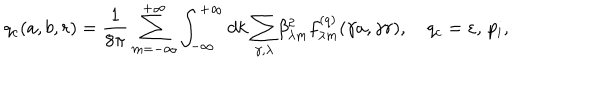
LaTeX: q _ { c } ( a , b , r ) = \frac { 1 } { 8 \pi } \sum _ { m = - \infty } ^ { + \infty } \int _ { - \infty } ^ { + \infty } { d k \sum _ { \gamma , \lambda } } \beta _ { \lambda m } ^ { 2 } f _ { \lambda m } ^ { ( q ) } ( \gamma a , \gamma r ) , \quad q _ { c } = \varepsilon , \, p _ { i } ,